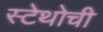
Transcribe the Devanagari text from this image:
स्टेथोची